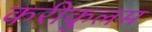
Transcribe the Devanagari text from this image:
करीकुलम